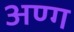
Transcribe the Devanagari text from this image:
अण्ग